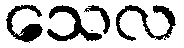
သေလ